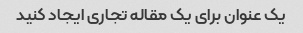
یک عنوان برای یک مقاله تجاری ایجاد کنید